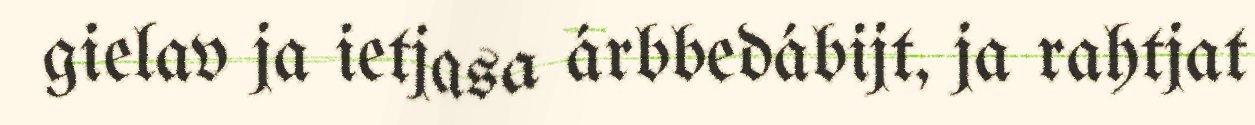
gielav ja ietjasa árbbedábijt, ja rahtjat